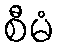
စီမံ